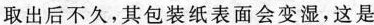
取出后不久，其包装纸表面会变湿，这是